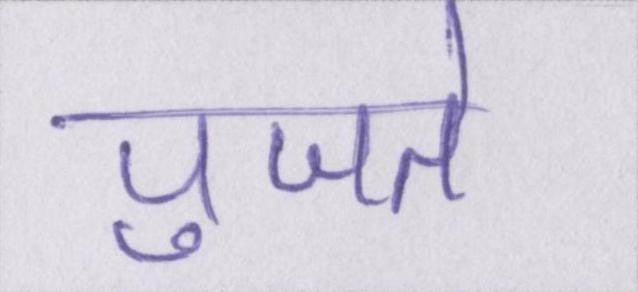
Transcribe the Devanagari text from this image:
पुजते